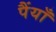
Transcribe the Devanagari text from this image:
पैंयाँ